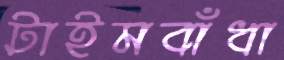
টাইমবাঁধা